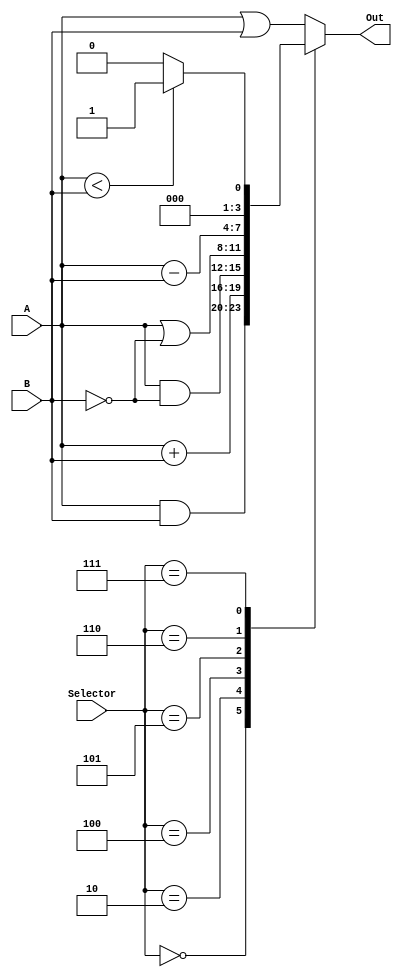
//ALU

module  ALU(input wire [3:0]A, input wire [3:0]B, input wire [2:0]Selector, output reg[3:0]Out);


always @(*)
  begin
  case (Selector)
  3'b000: Out = A & B;
  3'b001: Out = A | B;
  3'b010: Out = A + B;
  3'b100: Out = A & ~B;
  3'b101: Out = A | ~B;
  3'b110: Out = A - B;
  3'b111: Out = (A < B) ? 1:0;
  default: Out = A | B;
endcase

end
endmodule